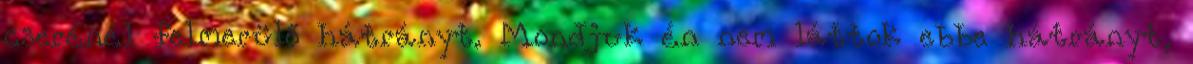
cserénél felmerülő hátrányt. Mondjuk én nem láttok ebbe hátrányt,